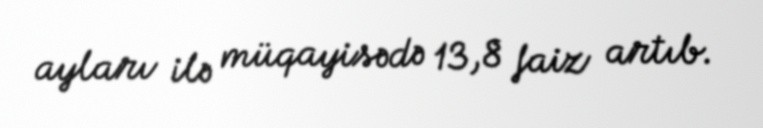
ayları ilə müqayisədə 13,8 faiz artıb.